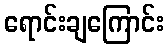
ရောင်းချကြောင်း